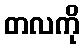
တလကို